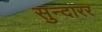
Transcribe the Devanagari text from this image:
सुन्दारर